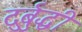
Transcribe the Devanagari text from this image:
दुर्बुद्धी